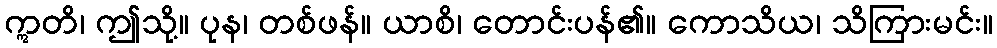
ဣတိ၊ ဤသို့။ ပုန၊ တစ်ဖန်။ ယာစိ၊ တောင်းပန်၏။ ကောသိယ၊ သိကြားမင်း။